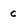
Character: c